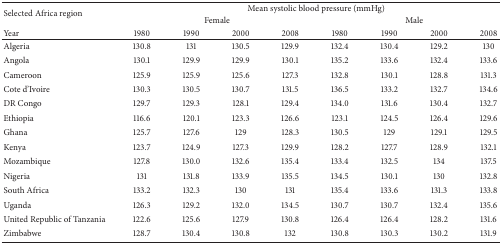
<table><thead><tr><td rowspan="2"><b>Selected Africa region</b></td><td colspan="8"><b>Mean systolic blood pressure (mmHg)</b></td></tr><tr><td colspan="4"><b>Female</b></td><td colspan="4"><b>Male</b></td></tr><tr><td><b>Year</b></td><td><b>1980</b></td><td><b>1990</b></td><td><b>2000</b></td><td><b>2008</b></td><td><b>1980</b></td><td><b>1990</b></td><td><b>2000</b></td><td><b>2008</b></td></tr></thead><tbody><tr><td>Algeria</td><td>130.8</td><td>131</td><td>130.5</td><td>129.9</td><td>132.4</td><td>130.4</td><td>129.2</td><td>130</td></tr><tr><td>Angola</td><td>130.1</td><td>129.9</td><td>129.9</td><td>130.1</td><td>135.2</td><td>133.6</td><td>132.4</td><td>133.6</td></tr><tr><td>Cameroon</td><td>125.9</td><td>125.9</td><td>125.6</td><td>127.3</td><td>132.8</td><td>130.1</td><td>128.8</td><td>131.3</td></tr><tr><td>Cote d&#x27;Ivoire</td><td>130.3</td><td>130.5</td><td>130.7</td><td>131.5</td><td>136.5</td><td>133.2</td><td>132.7</td><td>134.6</td></tr><tr><td>DR Congo</td><td>129.7</td><td>129.3</td><td>128.1</td><td>129.4</td><td>134.0</td><td>131.6</td><td>130.4</td><td>132.7</td></tr><tr><td>Ethiopia</td><td>116.6</td><td>120.1</td><td>123.3</td><td>126.6</td><td>123.1</td><td>124.5</td><td>126.4</td><td>129.6</td></tr><tr><td>Ghana</td><td>125.7</td><td>127.6</td><td>129</td><td>128.3</td><td>130.5</td><td>129</td><td>129.1</td><td>129.5</td></tr><tr><td>Kenya</td><td>123.7</td><td>124.9</td><td>127.3</td><td>129.9</td><td>128.2</td><td>127.7</td><td>128.9</td><td>132.1</td></tr><tr><td>Mozambique</td><td>127.8</td><td>130.0</td><td>132.6</td><td>135.4</td><td>133.4</td><td>132.5</td><td>134</td><td>137.5</td></tr><tr><td>Nigeria</td><td>131</td><td>131.8</td><td>133.9</td><td>135.5</td><td>134.5</td><td>130.1</td><td>130</td><td>132.8</td></tr><tr><td>South Africa</td><td>133.2</td><td>132.3</td><td>130</td><td>131</td><td>135.4</td><td>133.6</td><td>131.3</td><td>133.8</td></tr><tr><td>Uganda</td><td>126.3</td><td>129.2</td><td>132.0</td><td>134.5</td><td>130.7</td><td>130.7</td><td>132.4</td><td>135.6</td></tr><tr><td>United Republic of Tanzania</td><td>122.6</td><td>125.6</td><td>127.9</td><td>130.8</td><td>126.4</td><td>126.4</td><td>128.2</td><td>131.6</td></tr><tr><td>Zimbabwe</td><td>128.7</td><td>130.4</td><td>130.8</td><td>132</td><td>130.8</td><td>130.3</td><td>130.2</td><td>131.9</td></tr></tbody></table>